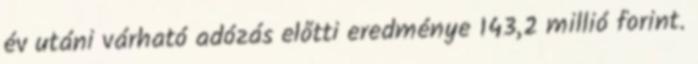
év utáni várható adózás előtti eredménye 143,2 millió forint.